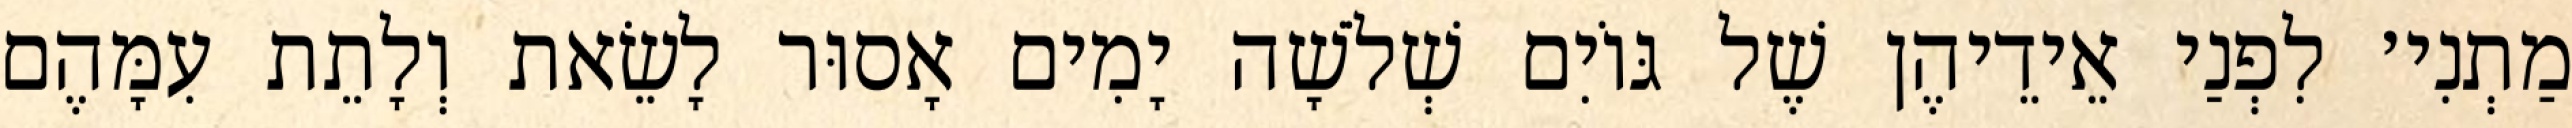
מַתְנִי׳ לִפְנַי אֵידֵיהֶן שֶׁל גּוֹיִם שְׁלֹשָׁה יָמִים אָסוּר לָשֵׂאת וְלָתֵת עִמָּהֶם